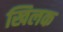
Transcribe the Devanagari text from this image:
खिलक